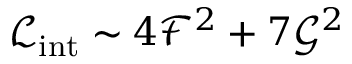
\mathcal { L } _ { \mathrm { i n t } } \sim 4 \mathcal { F } ^ { 2 } + 7 \mathcal { G } ^ { 2 }